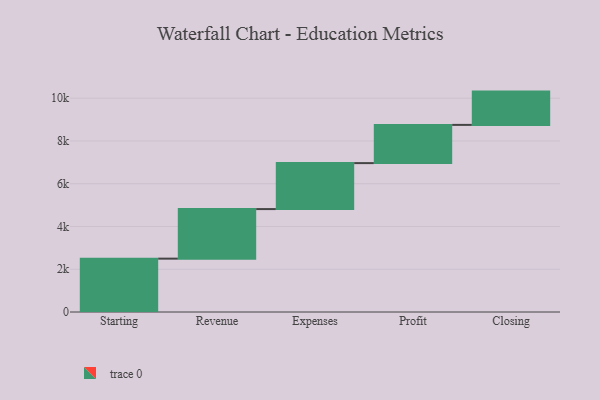
{"axis": {"x": "Step", "y": "Value"}, "legend": [""], "data": [{"x": "Starting", "y": 2496.0, "type": ""}, {"x": "Revenue", "y": 2318.0, "type": ""}, {"x": "Expenses", "y": 2150.0, "type": ""}, {"x": "Profit", "y": 1788.0, "type": ""}, {"x": "Closing", "y": 1557.0, "type": ""}]}